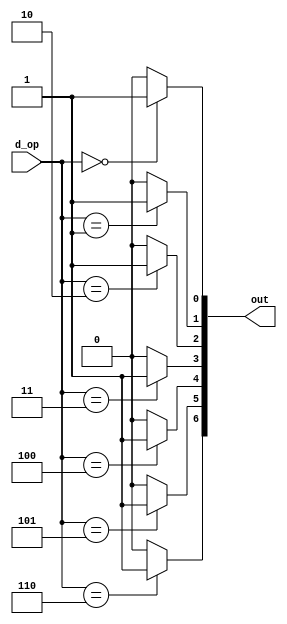
`timescale 1ns / 1ps
module decoder(
    input [2:0]d_op, //odpalenie dekodera
    output [6:0]out
);
assign out[0] = d_op == 3'd0 ? 1'b1 : 1'b0; //wybr odpowiedniego rejestru z szeciu dostpnych 
assign out[1] = d_op == 3'd1 ? 1'b1 : 1'b0;
assign out[2] = d_op == 3'd2 ? 1'b1 : 1'b0;
assign out[3] = d_op == 3'd3 ? 1'b1 : 1'b0;
assign out[4] = d_op == 3'd4 ? 1'b1 : 1'b0;
assign out[5] = d_op == 3'd5 ? 1'b1 : 1'b0;
assign out[6] = d_op == 3'd6 ? 1'b1 : 1'b0;



endmodule